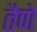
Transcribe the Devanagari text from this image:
तैणे